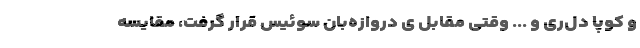
و کوپا دل‌ری و ... وقتی مقابل ی دروازه‌بان سوئیس قرار گرفت، مقایسه